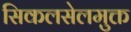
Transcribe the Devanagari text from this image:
सिकलसेलमुक्त